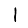
Digit: 1